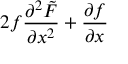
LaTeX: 2 f \frac { \partial ^ { 2 } \tilde { F } } { \partial x ^ { 2 } } + \frac { \partial f } { \partial x }